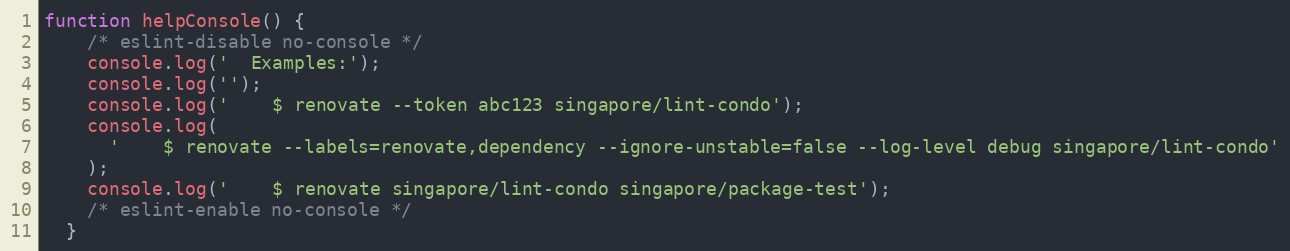
Language: JavaScript
function helpConsole() {
    /* eslint-disable no-console */
    console.log('  Examples:');
    console.log('');
    console.log('    $ renovate --token abc123 singapore/lint-condo');
    console.log(
      '    $ renovate --labels=renovate,dependency --ignore-unstable=false --log-level debug singapore/lint-condo'
    );
    console.log('    $ renovate singapore/lint-condo singapore/package-test');
    /* eslint-enable no-console */
  }